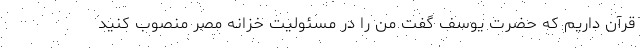
قرآن داریم که حضرت یوسف گفت من را در مسئولیت خزانه مصر منصوب کنید